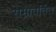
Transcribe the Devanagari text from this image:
समावर्तित